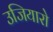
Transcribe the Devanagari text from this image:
उजियारो